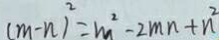
( m - n ) ^ { 2 } = m ^ { 2 } - 2 m n + n ^ { 2 }